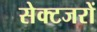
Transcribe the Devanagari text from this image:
सेक्टजरों